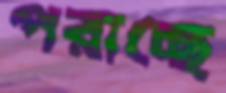
পরাচ্ছে